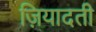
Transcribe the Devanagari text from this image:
ज़ियादती